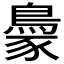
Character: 𬷓